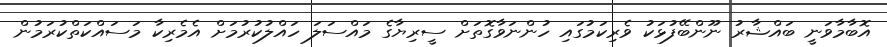
އޮބާމާވަނީ ބައްޝާރު ނޫންބޭފުޅަކު ވެރިކަމުގައި ހުންނަވާގޮތަށް ސީރިޔާގެ މައްސަލަ ހައްލުކުރުމަށް އެމެރިކާ މަސައްކަތްކުރަމުން